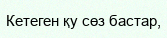
Кетеген қу сөз бастар,